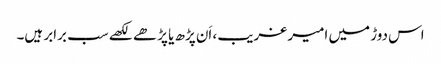
اس دوڑ میں امیر غریب، اَن پڑھ یا پڑھے لکھے سب برابر ہیں۔